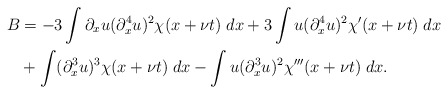
\begin{align*} B&= -3 \int \partial_xu(\partial_x^4u)^2 \chi(x+\nu t) \; dx + 3 \int u(\partial_x^4u)^2 \chi'(x+\nu t) \; dx \\&+ \int (\partial_x^3u)^3\chi(x+\nu t) \; dx- \int u(\partial_x^3u)^2\chi'''(x+\nu t) \; dx.\end{align*}